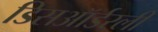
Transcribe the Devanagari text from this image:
डिसऑर्डरली